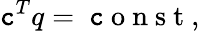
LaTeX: \mathtt{c}^{T}q=\mathrm{{~\mathtt{c}~o~n~s~t~}},